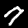
Label: 7